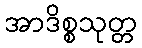
အာဒိစ္စသုတ္တ